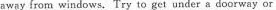
away from windows. Try to get under a doorway or